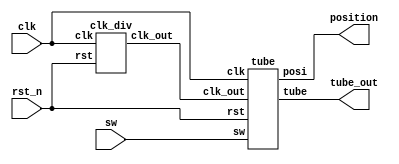
`timescale 1ns / 1ps

module t3 (
    input clk,
 	input rst_n,
 	input sw,
	output [7:0] position,
 	output [7:0] tube_out
    );
	
	wire clk_out;
 	 	
 	clk_div cd(
 		.clk( clk ),
 		.rst( rst_n ),
 		.clk_out( clk_out )
 	);
 	tube t(
 		.clk( clk ),
 		.rst( rst_n ),
 		.sw( sw ),
		.posi( position ),
 		.clk_out( clk_out ),
 		.tube( tube_out )
 	);
    
endmodule


module tube(
 	input clk,
 	input rst,
 	input sw,
 	input clk_out,
	output reg [7:0] posi,
 	output reg [7:0] tube
 	);
	reg [2:0] scan_cnt;
	
	always @(posedge clk, negedge rst) begin
		if(!rst)
			scan_cnt <= 0;
		else begin
			scan_cnt <= scan_cnt + 1'b1;
			if(scan_cnt == 3'b111) scan_cnt <= 3'b000;
		end
	end

	always @(scan_cnt) begin
		case(scan_cnt)
			3'b000: posi = 8'b11111110;
			3'b001: posi = 8'b11111101;
			3'b010: posi = 8'b11111011;
			3'b011: posi = 8'b11110111;
			3'b100: posi = 8'b11101111;
			3'b101: posi = 8'b11011111;
			3'b110: posi = 8'b10111111;
			3'b111: posi = 8'b01111111;
			default: posi = 8'b11111111;
		endcase
	end

	always @(scan_cnt) begin
		if(sw)
			case(scan_cnt)
			3'b000: tube = 8'b11111000; //7
			3'b001: tube = 8'b11000000; //0
			3'b010: tube = 8'b10100100; //2
			3'b011: tube = 8'b10110110; //s
			3'b100: tube = 8'b11000110; //c
			default: tube = 8'b11111111;
			endcase
		else
			case(scan_cnt)
			3'b000: tube = 8'b10001110; //F
			3'b001: tube = 8'b11111001; //1
			3'b010: tube = 8'b10100100; //2
			3'b011: tube = 8'b11000000; //0
			3'b100: tube = 8'b10100100; //2
			default: tube = 8'b11111111;
			endcase
	end
		
endmodule

module clk_div(
    input clk,
 	input rst,
 	output reg clk_out
 	);	
	parameter period = 200000;
	reg [3:0] cnt;
 	always @ (posedge clk, negedge rst) begin
		if (~rst) begin
			cnt <= 0;
			clk_out <= 0;	 
		end
		else begin
			if(cnt == (period>>1)-1) begin
				clk_out <= ~clk_out;
				cnt <= 0;
			end
			else begin
				cnt <= cnt+1;
			end
		end
	end
endmodule